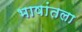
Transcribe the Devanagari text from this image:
भाषांतला